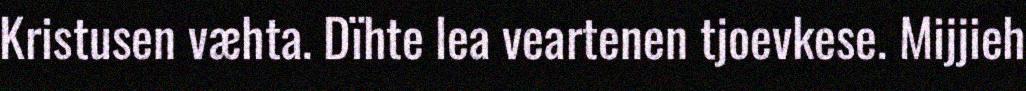
Kristusen væhta. Dïhte lea veartenen tjoevkese. Mijjieh